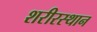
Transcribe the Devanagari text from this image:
शरीरस्थान